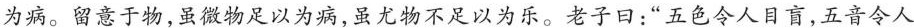
为病。留意于物，虽微物足以为病，虽尤物不足以为乐。老子曰：”五色令人目盲，五音令人